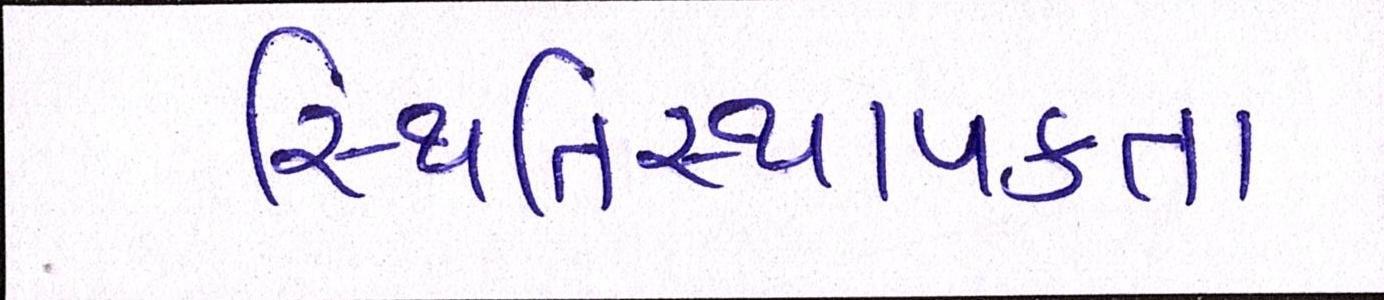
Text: સ્થિતિસ્થાપકતા